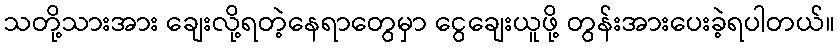
သတို့သားအား ချေးလို့ရတဲ့နေရာတွေမှာ ငွေချေးယူဖို့ တွန်းအားပေးခဲ့ရပါတယ်။